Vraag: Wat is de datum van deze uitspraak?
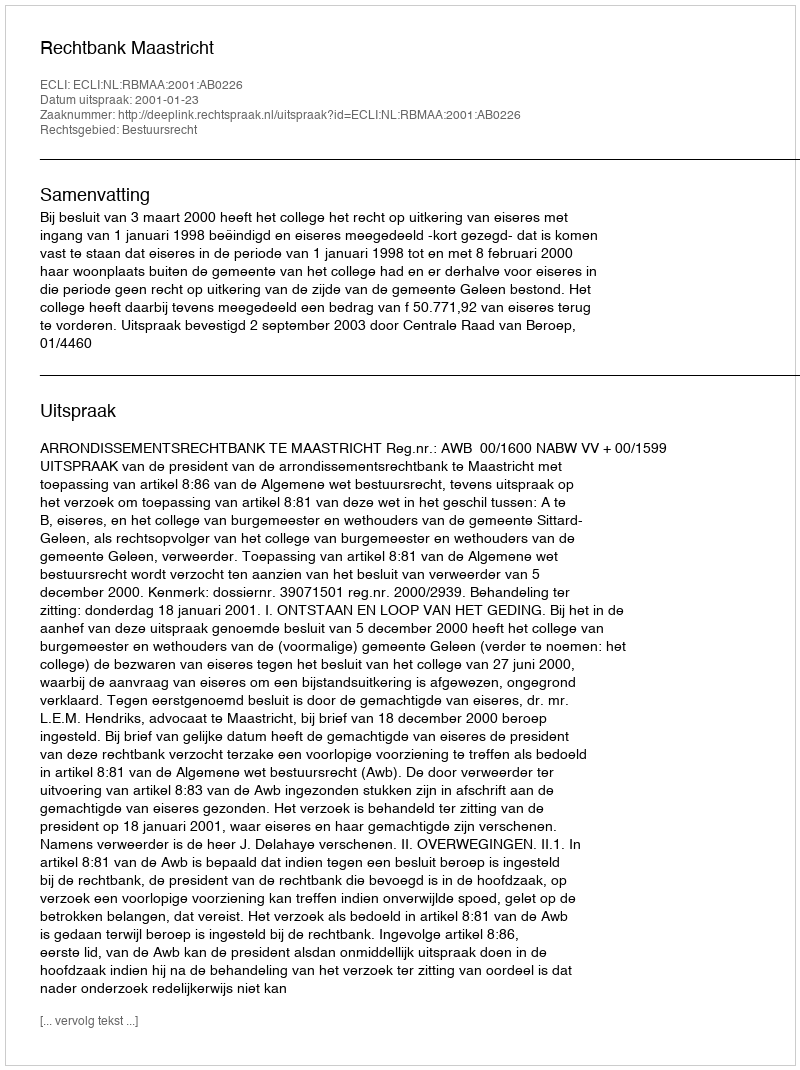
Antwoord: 2001-01-23